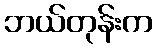
ဘယ်တုန်းက